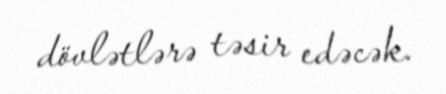
dövlətlərə təsir edəcək.